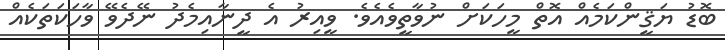
ބޮޑު ޔަޤީންކަމެއް އޮތް މީހަކަށް ނުވާތީވެއެވެ. ވީއިރު އެ ދީނާއިމެދު ނޭދެވޭ ވާހަކަތަކެއް